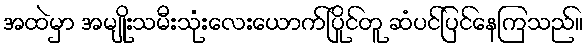
အထဲမှာ အမျိုးသမီးသုံးလေးယောက်ပြိုင်တူ ဆံပင်ပြင်နေကြသည်။